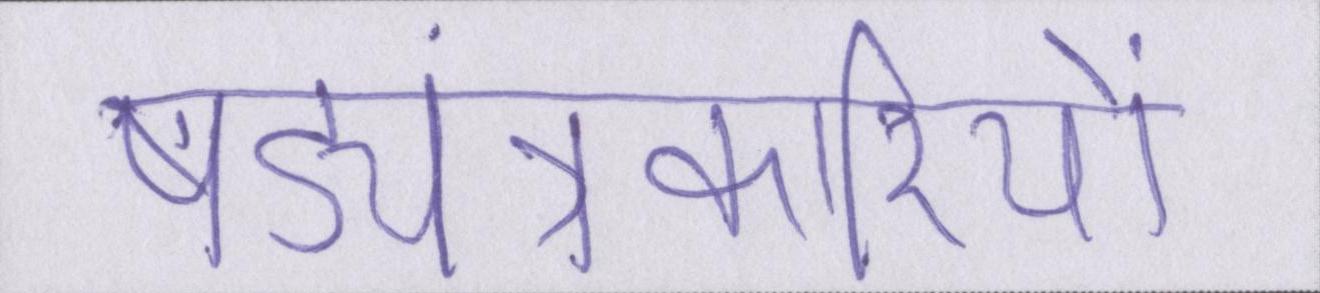
षड्यंत्रकारियों